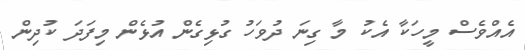
އެއްވެސް މީހަކާ އެކު މާ ގިނަ ދުވަހު ގުޅިގެން އުޅެން މިފަދަ ކުދިން